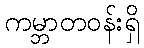
ကမ္ဘာတဝန်းရှိ